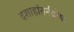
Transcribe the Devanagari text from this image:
दशाहांतर्नदोषः